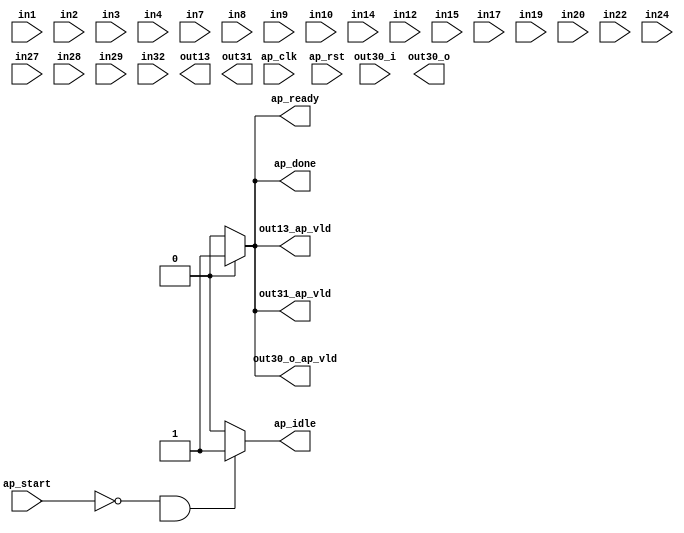
module hls_macc (
        ap_clk,
        ap_rst,
        ap_start,
        ap_done,
        ap_idle,
        ap_ready,
        in1,
        in2,
        in3,
        in4,
        in7,
        in8,
        in9,
        in10,
        in14,
        in12,
        in15,
        in17,
        in19,
        in20,
        in22,
        in24,
        in27,
        in28,
        in29,
        in32,
        out13,
        out13_ap_vld,
        out30_i,
        out30_o,
        out30_o_ap_vld,
        out31,
        out31_ap_vld
);

parameter    ap_ST_fsm_state1 = 4'd1;
parameter    ap_ST_fsm_state2 = 4'd2;
parameter    ap_ST_fsm_state3 = 4'd4;
parameter    ap_ST_fsm_state4 = 4'd8;

input   ap_clk;
input   ap_rst;
input   ap_start;
output   ap_done;
output   ap_idle;
output   ap_ready;
input  [31:0] in1;
input  [31:0] in2;
input  [31:0] in3;
input  [31:0] in4;
input  [31:0] in7;
input  [31:0] in8;
input  [31:0] in9;
input  [31:0] in10;
input  [31:0] in14;
input  [31:0] in12;
input  [31:0] in15;
input  [31:0] in17;
input  [31:0] in19;
input  [31:0] in20;
input  [31:0] in22;
input  [31:0] in24;
input  [31:0] in27;
input  [31:0] in28;
input  [31:0] in29;
input  [31:0] in32;
output  [31:0] out13;
output   out13_ap_vld;
input  [31:0] out30_i;
output  [31:0] out30_o;
output   out30_o_ap_vld;
output  [31:0] out31;
output   out31_ap_vld;

reg ap_done;
reg ap_idle;
reg ap_ready;
reg out13_ap_vld;
reg out30_o_ap_vld;
reg out31_ap_vld;

(* fsm_encoding = "none" *) reg   [3:0] ap_CS_fsm;
wire    ap_CS_fsm_state1;
wire   [31:0] t11_fu_211_p2;
reg   [31:0] t11_reg_322;
wire   [31:0] t5_fu_217_p2;
reg   [31:0] t5_reg_328;
wire    ap_CS_fsm_state2;
wire   [31:0] t23_fu_229_p2;
reg   [31:0] t23_reg_333;
wire   [31:0] t26_2_fu_262_p3;
reg   [31:0] t26_2_reg_338;
wire    ap_CS_fsm_state3;
wire    ap_CS_fsm_state4;
wire   [31:0] tmp1_fu_205_p2;
wire   [31:0] tmp2_fu_223_p2;
wire   [31:0] t25_fu_240_p2;
wire   [31:0] tmp3_fu_251_p2;
wire   [0:0] tmp_2_fu_234_p2;
wire   [31:0] t26_fu_245_p2;
wire   [31:0] t26_1_fu_257_p2;
wire   [0:0] tmp_fu_277_p2;
wire   [31:0] t16_fu_283_p2;
wire   [31:0] t16_1_fu_288_p2;
wire   [31:0] tempout30_1_fu_293_p2;
wire   [31:0] t16_2_fu_298_p3;
reg   [3:0] ap_NS_fsm;

// power-on initialization
initial begin
#0 ap_CS_fsm = 4'd1;
end

always @ (posedge ap_clk) begin
    if (ap_rst == 1'b1) begin
        ap_CS_fsm <= ap_ST_fsm_state1;
    end else begin
        ap_CS_fsm <= ap_NS_fsm;
    end
end

always @ (posedge ap_clk) begin
    if (((ap_start == 1'b1) & (1'b1 == ap_CS_fsm_state1))) begin
        t11_reg_322 <= t11_fu_211_p2;
    end
end

always @ (posedge ap_clk) begin
    if ((1'b1 == ap_CS_fsm_state2)) begin
        t23_reg_333 <= t23_fu_229_p2;
        t5_reg_328 <= t5_fu_217_p2;
    end
end

always @ (posedge ap_clk) begin
    if ((1'b1 == ap_CS_fsm_state3)) begin
        t26_2_reg_338 <= t26_2_fu_262_p3;
    end
end

always @ (*) begin
    if ((1'b1 == ap_CS_fsm_state4)) begin
        ap_done = 1'b1;
    end else begin
        ap_done = 1'b0;
    end
end

always @ (*) begin
    if (((ap_start == 1'b0) & (1'b1 == ap_CS_fsm_state1))) begin
        ap_idle = 1'b1;
    end else begin
        ap_idle = 1'b0;
    end
end

always @ (*) begin
    if ((1'b1 == ap_CS_fsm_state4)) begin
        ap_ready = 1'b1;
    end else begin
        ap_ready = 1'b0;
    end
end

always @ (*) begin
    if ((1'b1 == ap_CS_fsm_state4)) begin
        out13_ap_vld = 1'b1;
    end else begin
        out13_ap_vld = 1'b0;
    end
end

always @ (*) begin
    if ((1'b1 == ap_CS_fsm_state4)) begin
        out30_o_ap_vld = 1'b1;
    end else begin
        out30_o_ap_vld = 1'b0;
    end
end

always @ (*) begin
    if ((1'b1 == ap_CS_fsm_state4)) begin
        out31_ap_vld = 1'b1;
    end else begin
        out31_ap_vld = 1'b0;
    end
end

always @ (*) begin
    case (ap_CS_fsm)
        ap_ST_fsm_state1 : begin
            if (((ap_start == 1'b1) & (1'b1 == ap_CS_fsm_state1))) begin
                ap_NS_fsm = ap_ST_fsm_state2;
            end else begin
                ap_NS_fsm = ap_ST_fsm_state1;
            end
        end
        ap_ST_fsm_state2 : begin
            ap_NS_fsm = ap_ST_fsm_state3;
        end
        ap_ST_fsm_state3 : begin
            ap_NS_fsm = ap_ST_fsm_state4;
        end
        ap_ST_fsm_state4 : begin
            ap_NS_fsm = ap_ST_fsm_state1;
        end
        default : begin
            ap_NS_fsm = 'bx;
        end
    endcase
end
/*
assign ap_CS_fsm_state1 = ap_CS_fsm[32'd0];

assign ap_CS_fsm_state2 = ap_CS_fsm[32'd1];

assign ap_CS_fsm_state3 = ap_CS_fsm[32'd2];

assign ap_CS_fsm_state4 = ap_CS_fsm[32'd3];

assign out13 = (in14 - in15);

assign out30_o = ((tmp_fu_277_p2[0:0] === 1'b1) ? out30_i : tempout30_1_fu_293_p2);

assign out31 = (t16_2_fu_298_p3 + in32);

assign t11_fu_211_p2 = (tmp1_fu_205_p2 + in8);

assign t16_1_fu_288_p2 = (t26_2_reg_338 - in28);

assign t16_2_fu_298_p3 = ((tmp_fu_277_p2[0:0] === 1'b1) ? t16_fu_283_p2 : t16_1_fu_288_p2);

assign t16_fu_283_p2 = (t11_reg_322 - in17);

assign t23_fu_229_p2 = (tmp2_fu_223_p2 + t11_reg_322);

assign t25_fu_240_p2 = (t23_reg_333 - in24);

assign t26_1_fu_257_p2 = (tmp3_fu_251_p2 + t5_reg_328);

assign t26_2_fu_262_p3 = ((tmp_2_fu_234_p2[0:0] === 1'b1) ? t26_fu_245_p2 : t26_1_fu_257_p2);

assign t26_fu_245_p2 = (t25_fu_240_p2 + in27);

assign t5_fu_217_p2 = (in3 - in4);

assign tempout30_1_fu_293_p2 = (t26_2_reg_338 + in29);

assign tmp1_fu_205_p2 = (in7 + in12);

assign tmp2_fu_223_p2 = (t5_fu_217_p2 + in22);

assign tmp3_fu_251_p2 = (in19 + in20);

assign tmp_2_fu_234_p2 = (($signed(in9) < $signed(in10)) ? 1'b1 : 1'b0);

assign tmp_fu_277_p2 = ((in2 == in1) ? 1'b1 : 1'b0);
*/
assign a = b * c;
assign a = b * c;


assign m = n + t;
assign m = n + t;


assign z = x << y;
assign z = x << y;


assign i = j | k;
assign i = j | k;

endmodule